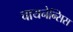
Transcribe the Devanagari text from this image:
चायनेन्सिस